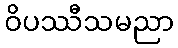
ဝိပဿီသမညာ